Statistics compiled by the Government of India from the reports of provincial Civil Veterinary Departments
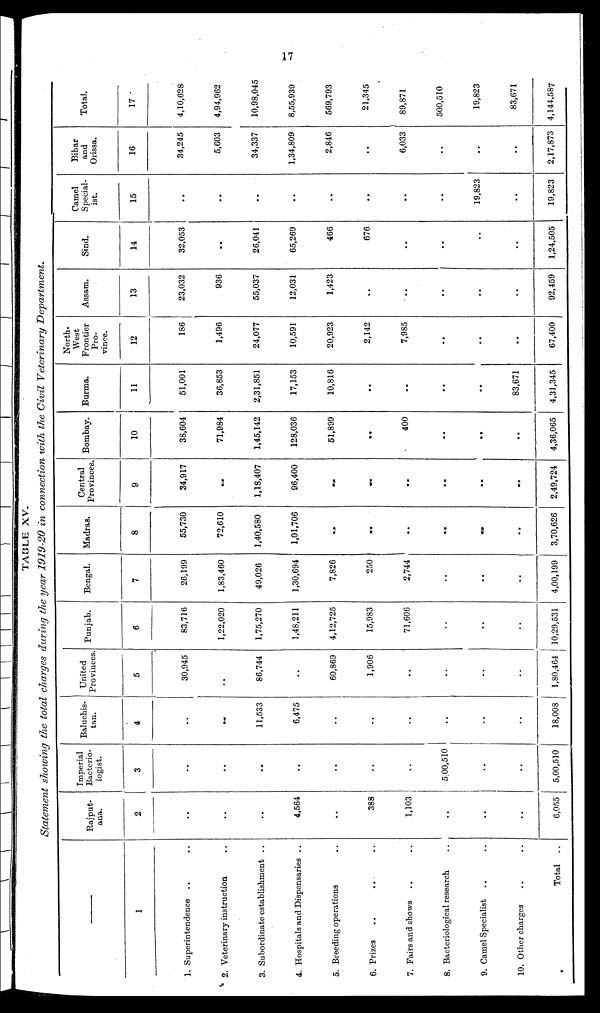
17
TABLE XV.
Statement showing the total charges during the year 1919-20 in connection with the Civil Veterinary
Department.
—
1
1. Superintendence .. ..
2. Veterinary instruction ..
3. Subordinate establishment ..
4. Hospitals and Dispensaries ..
5. Breeding operations ..
6. Prizes .. .. ..
7. Fairs and shows .. ..
8. Bacteriological research ..
9. Camel Specialist .. ..
10. Other charges .. ..
Total
..
Rajput-
ana.
2
..
..
..
4,564
..
388
1,103
..
..
..
6,055
Imperial
Bacterio-
logist.
3
..
..
..
..
..
..
..
5,00,510
..
..
5,00,510
Baluchis-
tan.
4
..
..
11,533
6,475
..
..
..
..
..
..
18,008
United
Provinces
5
30,945
..
86,744
..
60,869
1,906
..
..
..
..
1,80,464
Punjab.
6
83,716
1,22,020
1,75,270
1,48,211
4,12,725
15,983
71,606
..
..
10,29,531
Bengal.
7
26,199
1,83,460
49,026
1,30,694
7,826
250
2,744
..
..
..
4,00,199
Madras.
8
55,730
72,610
1,40,580
1,01,706
..
..
..
..
..
..
3,70,626
Central
Provinces
9
34,917
..
1,18,407
96,400
..
..
..
..
..
..
2,49,724
Bombay.
10
38,604
71,984
1,45,142
128,036
51,899
..
400
..
..
..
4,36,065
Burma.
11
51,001
36,853
2,31,851
17,153
10,816
..
..
..
..
83,671
4,31,345
North-
West
Frontier
Pro-
vince.
12
186
1,496
24,077
10,591
20,923
2,142
7,985
..
..
..
67,400
Assam.
13
23,032
936
55,037
12,031
1,423
..
..
..
..
..
92,459
Sind.
14
32,053
..
26,041
65,269
466
676
..
..
..
..
1,24,505
Camel
Special-
ist.
15
..
..
..
..
..
..
..
..
19,823
..
19,823
Bihar
and
Orissa.
16
34,245
5,603
34,337
1,34,809
2,846
..
6,033
..
..
..
2,17,873
Total.
17
4,10,628
4,94,962
10,98,045
8,55,939
569,793
21,345
89,871
500,510
19,823
83,671
4,144,587